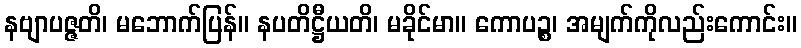
နဗျာပဇ္ဇတိ၊ မဘောက်ပြန်။ နပတိဋ္ဌီယတိ၊ မခိုင်မာ။ ကောပဉ္စ၊ အမျက်ကိုလည်းကောင်း။